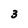
Character: 3